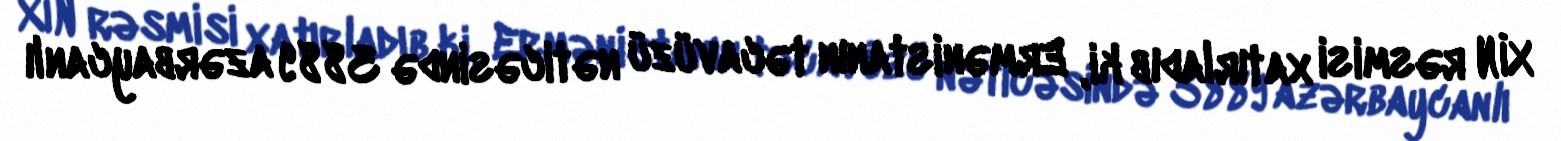
XİN rəsmisi xatırladıb ki, Ermənistanın təcavüzü nəticəsində 3889 azərbaycanlı